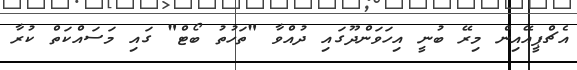
އެޗްޕީއޭއިން މިރޭ ބުނީ އިހަވަންދޫގައި ދުއްވާ "ތަހުތު ބޯޓް" ގައި މަސައްކަތް ކުރާ